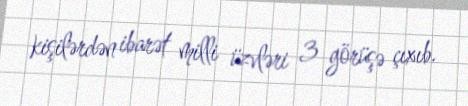
kişilərdən ibarət milli üzvləri 3 görüşə çıxıb.